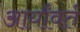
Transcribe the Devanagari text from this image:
आर्यांवर्त